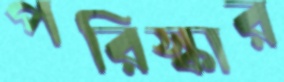
পরিস্কার